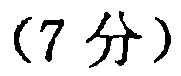
(7 分)